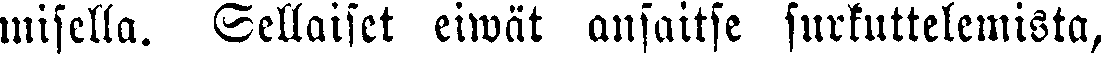
misella. Sellaiset eiwät ansaitse surkuttelemista,